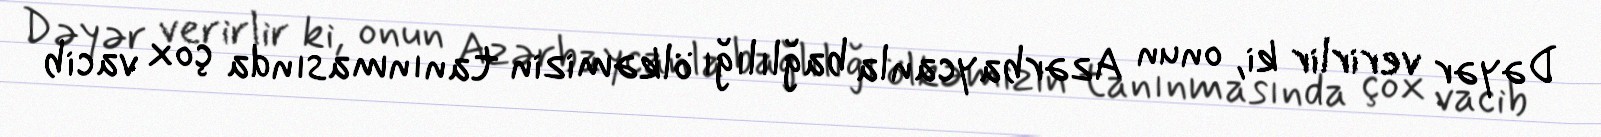
Dəyər verirlir ki, onun Azərbaycanla bağlılığı ölkəmizin tanınmasında çox vacib